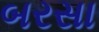
બરસા